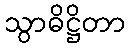
သွာဓိဋ္ဌိတာ